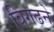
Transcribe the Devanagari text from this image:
बिगढने